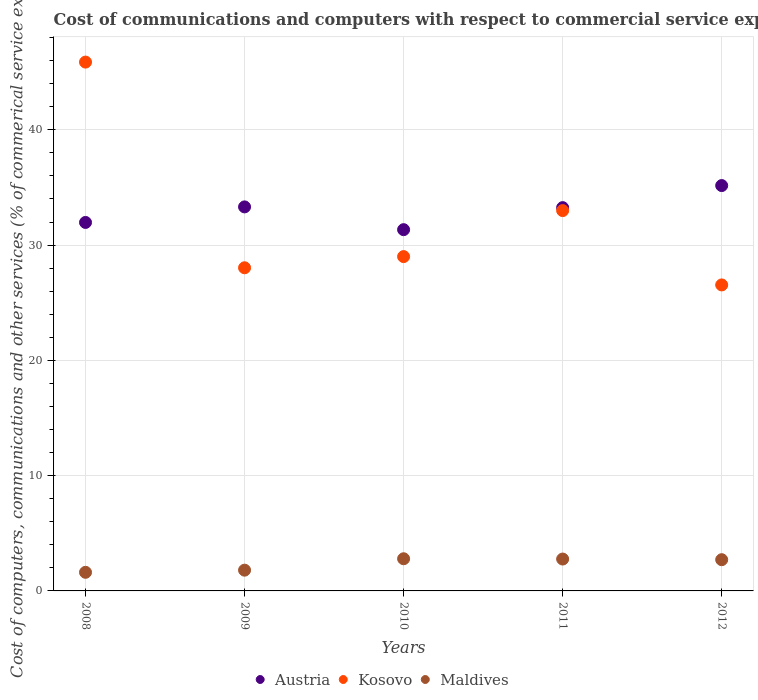
| Years | Austria | Kosovo | Maldives |
 | --- | --- | --- | --- |
 | 2008 | 32 | 45.9 | 1.61 |
 | 2009 | 33.3 | 28 | 1.8 |
 | 2010 | 31.3 | 29 | 2.79 |
 | 2011 | 33.3 | 33 | 2.77 |
 | 2012 | 35.2 | 26.5 | 2.71 |